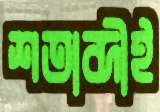
শতাব্দীই